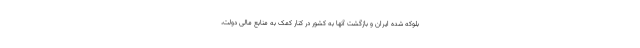
بلوکه شده ایران و بازگشت آنها به کشور در کنار کمک به منابع مالی دولت،